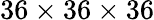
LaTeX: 36\times 36\times 36